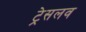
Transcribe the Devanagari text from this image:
ट्रेसलव